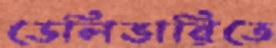
ডেলিভারিতে